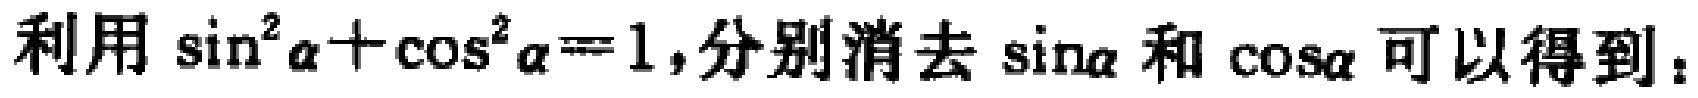
利用\(\sin^{2}\alpha+\cos^{2}\alpha = 1\),分别消去\(\sin\alpha\)和\(\cos\alpha\)可以得到：